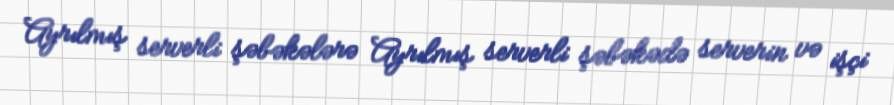
Ayrılmış serverli şəbəkələrə Ayrılmış serverli şəbəkədə serverin və işçi